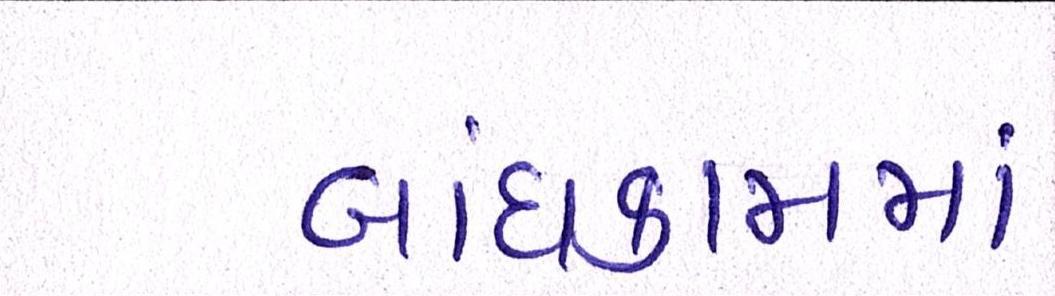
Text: બાંધકામમાં